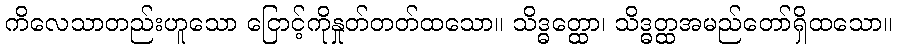
ကိလေသာတည်းဟူသော ငြောင့်ကိုနှုတ်တတ်ထသော။ သိဒ္ဓတ္ထော၊ သိဒ္ဓတ္ထအမည်တော်ရှိထသော။